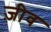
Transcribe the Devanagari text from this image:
ज़ीव